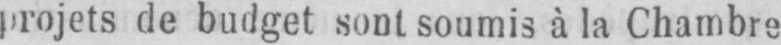
projets de budget sont soumis à la Chambre